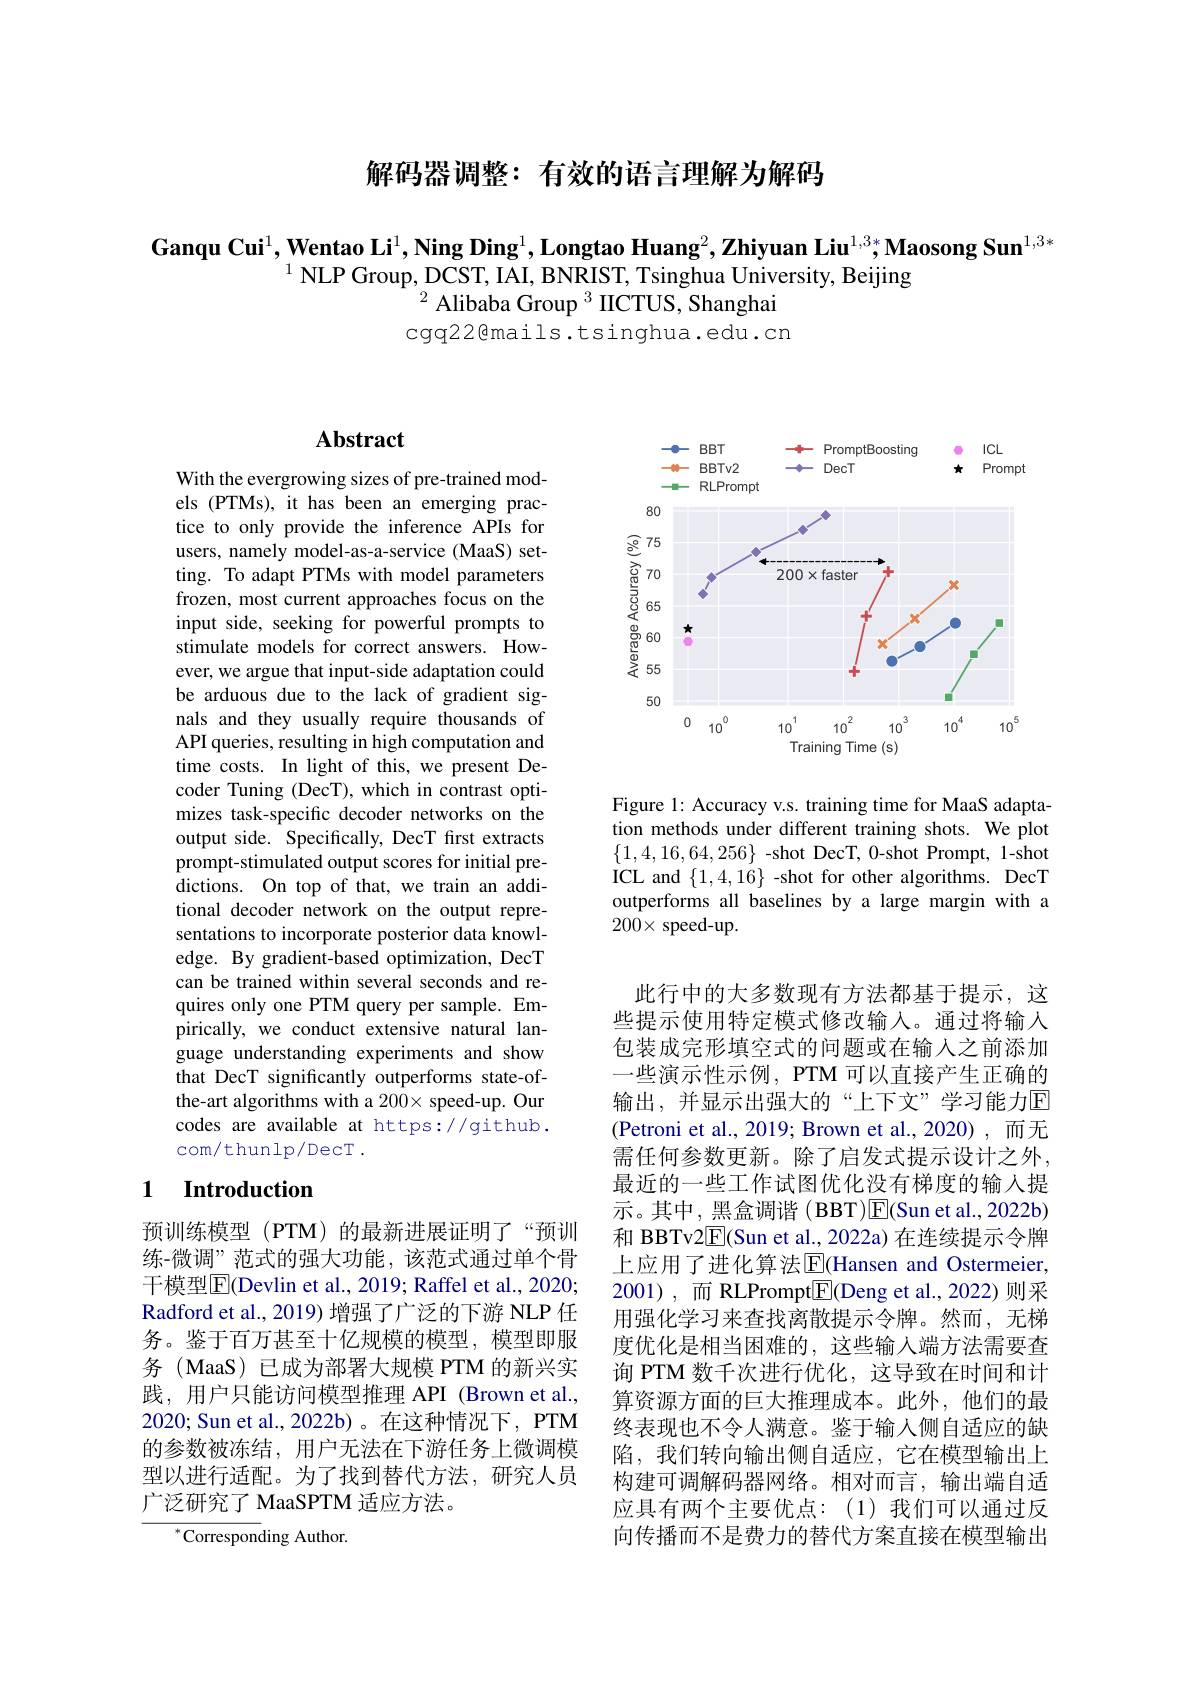
解码器调整：有效的语言理解为解码

Ganqu Cui$^1,\textbf{Wentao Li}^1,\textbf{Ning Ding}^1,\text{Longtao Huang}^2,\textbf{Zhiyuan Liu}^{1,3*}\textbf{Maosong Sun}^{1,3*}$
$^{1}$NLP Group, DCST, IAI, BNRIST, Tsinghua University, Beijing
$^{2}$Alibaba Group$^3$IICTUS, Shanghai cgq22@mails.tsinghua.edu.cn

## Abstract

With the evergrowing sizes of pre-trained models (PTMs), it has been an emerging practice to only provide the inference APIs for users, namely model-as-a-service (MaaS) setting. To adapt PTMs with model parameters frozen, most current approaches focus on the input side, seeking for powerful prompts to stimulate models for correct answers. However, we argue that input-side adaptation could be arduous due to the lack of gradient signals and they usually require thousand API queries, resulting in high computa time costs. In light of this, we present Decoder Tuning (DecT), which in contrast optimizes task-specific decoder networks on the output side. Specifically, DecT first extracts prompt-stimulated output scores for initial pre- $\hat{\text{dictions. On top of that, we train an addi-}}$ tional decoder network on the output representations to incorporate posterior data knowledge. By gradient-based optimization, DecT can be trained within several seconds quires only one PTM query per sample. Empirically, we conduct extensive natural language understanding experiments and show that DecT significantly outperforms state-ofthe-art algorithms with a 200\times speed-u codes are available at https://github. com/thunlp/DecT .

### 1 $\textbf{Introduction}$

预训练模型 (PTM) 的最新进展证明了“预训练-微调”范式的强大功能，该范式通过单个骨干模型$\overline{\mathrm{E}}($Devlin et al., 2019; Raffel et al., 2020; Radford et al., 2019) 增强了广泛的下游 NLP 任务。鉴于百万甚至十亿规模的模型，模型即服务 (MaaS)已成为部署大规模 PTM 的新兴实践，用户只能访问模型推理 API (Brown et al., 2020; Sun et al., 2022b) 。在这种情况下，PTM 的参数被冻结，用户无法在下游任务上微调模型以进行适配。为了找到替代方法，研究人员广泛研究了 MaaSPTM 适应方法。

$^{*}$Corresponding Author.

<FigureHere>

Figure 1: Accuracy v.s. training time for MaaS adaptation methods under different training shots. We plot $\{1,4,16,64,256\}$ -shot DecT, 0-shot Prompt, 1-shot ICL and $\{1,4,16\}$ -shot for other alg outperforms all baselines by a large margin with a $200\times$speed-up.

此行中的大多数现有方法都基于提示，这些提示使用特定模式修改输入。通过将输入包装成完形填空式的问题或在输入之前添加一些演示性示例，PTM 可以直接产生正确的输出，并显示出强大的“上下文”学习能力E (Petroni et al.,2019; Brown et al.,2020),而无需任何参数更新。除了启发式提示设计之外， 最近的一些工作试图优化没有梯度的输入提示。其中，黑盒调谐 (BBT)$\boxed{\mathrm{E}}($Sun et al., 2022b) 和 BBTv2$\overline{\mathrm{E}}($Sun et al., 2022a) 在连续上应用了进化算法$\operatorname{E}$(Hansen and Ostermeier, 2001),而 RLPrompt$\underline{\mathrm{E}}$(Deng et al.,2022)则采用强化学习来查找离散提示令牌。然而，无梯度优化是相当困难的，这些输入端方法需要查询 PTM 数千次进行优化，这导致在时间和计算资源方面的巨大推理成本。此外，他们的最终表现也不令人满意。鉴于输入侧自适应的缺陷，我们转向输出侧自适应，它在模型输出上构建可调解码器网络。相对而言，输出端自适应具有两个主要优点：(1)我们可以通过反向传播而不是费力的替代方案直接在模型输出